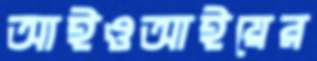
আইওআইয়ের